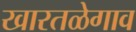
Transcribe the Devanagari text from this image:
खारतळेगाव